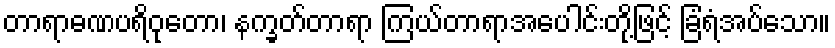
တာရာဓဏပရိဝုတော၊ နက္ခတ်တာရာ ကြယ်တာရာအပေါင်းတို့ဖြင့် ခြံရံအပ်သော။